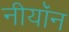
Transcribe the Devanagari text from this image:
नीयॉन